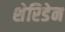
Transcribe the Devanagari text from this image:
शेरिडेन